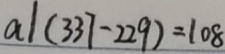
a \vert ( 3 3 7 - 2 2 9 ) = 1 0 8